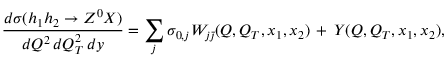
\frac { d \sigma ( h _ { 1 } h _ { 2 } \to Z ^ { 0 } X ) } { d Q ^ { 2 } \, d Q _ { T } ^ { 2 } \, d y } = \sum _ { j } \sigma _ { 0 , j } W _ { j \bar { \jmath } } ( Q , Q _ { T } , x _ { 1 } , x _ { 2 } ) \, + \, Y ( Q , Q _ { T } , x _ { 1 } , x _ { 2 } ) ,